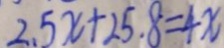
2 . 5 x + 2 5 . 8 = 4 x